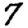
Digit: 7